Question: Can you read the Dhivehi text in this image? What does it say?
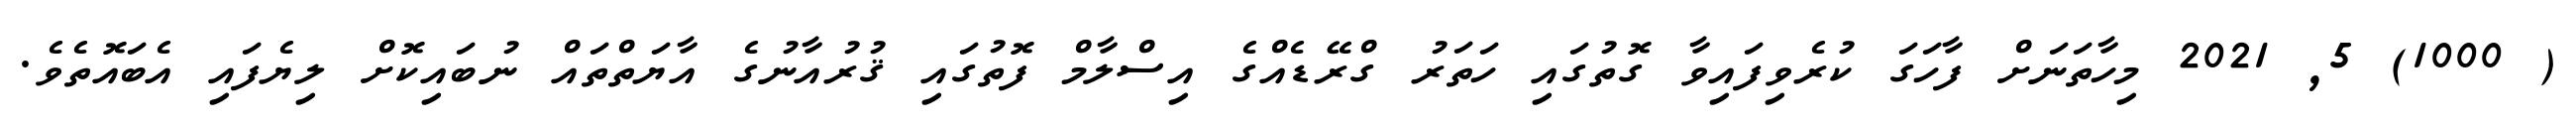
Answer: ( 1000) 5, 2021 މިހާތަނަށް ފާހަގަ ކުރެވިފައިވާ ގޮތުގައި ހަތަރު ގްރޭޑެއްގެ އިސްލާމް ފޮތުގައި ޤުރުއާނުގެ އާޔަތްތައް ނުބައިކޮށް ލިޔެފައި އެބައޮތެވެ.